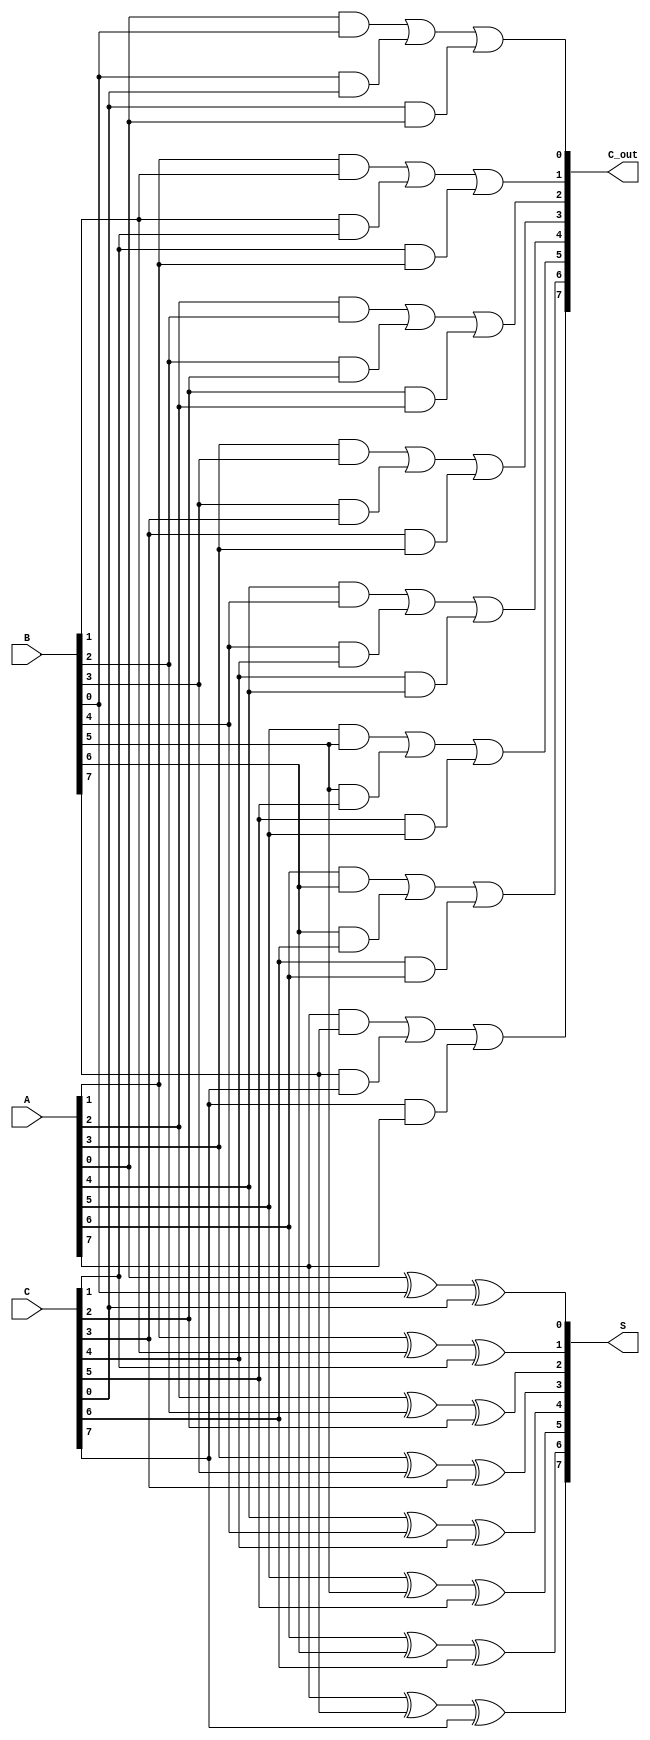
module ArrayCarrySaveAdder #(
    parameter W = 8 // Width of each operand
) (
    input  [W-1:0] A,  // First operand
    input  [W-1:0] B,  // Second operand
    input  [W-1:0] C,  // Third operand
    output [W-1:0] S,  // Sum output
    output [W-1:0] C_out // Carry output
);

    // Intermediate signals for sum and carry
    wire [W-1:0] sum_temp;
    wire [W-1:0] carry_temp;

    // Full adder logic for each bit position
    genvar i;
    generate
        for (i = 0; i < W; i = i + 1) begin : full_adder
            // Full adder for three inputs A[i], B[i], C[i]
            assign sum_temp[i] = A[i] ^ B[i] ^ C[i]; // Sum = A  B  C
            assign carry_temp[i] = (A[i] & B[i]) | (B[i] & C[i]) | (C[i] & A[i]); // Carry = (A AND B) OR (B AND C) OR (C AND A)
        end
    endgenerate

    // Assigning outputs
    assign S = sum_temp;      // Intermediate sum output
    assign C_out = carry_temp; // Intermediate carry output

endmodule